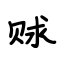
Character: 赇